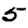
Digit: 5